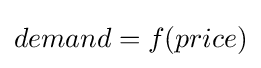
{demand}=f({price})